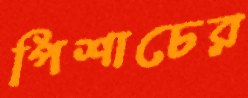
পিশাচের